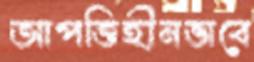
আপত্তিহীনভাবে